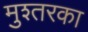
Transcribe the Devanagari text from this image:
मुश्तरका